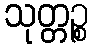
သုတ္တဉ္စ